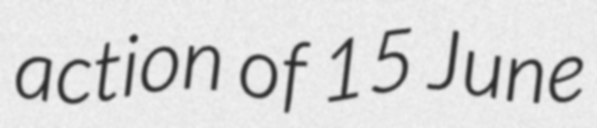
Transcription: action of 15 June